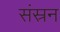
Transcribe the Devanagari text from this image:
संस्रन